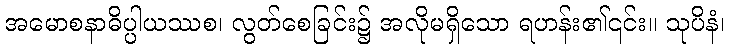
အမောစနာဓိပ္ပါယဿစ၊ လွတ်စေခြင်း၌ အလိုမရှိသော ရဟန်း၏၎င်း။ သုပိနံ၊